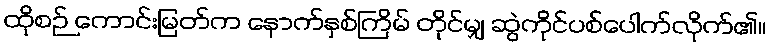
ထိုစဉ် ကောင်းမြတ်က နောက်နှစ်ကြိမ် တိုင်မျှ ဆွဲကိုင်ပစ်ပေါက်လိုက်၏။